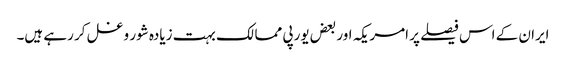
ایران کے اس فیصلے پر امریکہ اور بعض یورپی ممالک بہت زیادہ شور و غل کر رہے ہیں۔